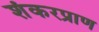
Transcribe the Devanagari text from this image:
शंकरप्राण